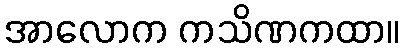
အာလောက ကသိဏကထာ။